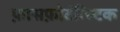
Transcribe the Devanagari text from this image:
फ़ासफ़ोटंग्स्टिक